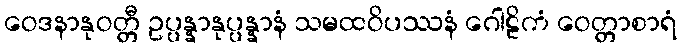
ဝေဒနာနုဝတ္တီ ဥပ္ပန္နာနုပ္ပန္နာနံ သမထဝိပဿနံ ဂေါဠိကံ ဝေတ္တာစာရံ